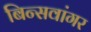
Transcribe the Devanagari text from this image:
बिन्सवांगर